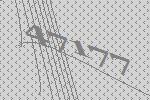
47177